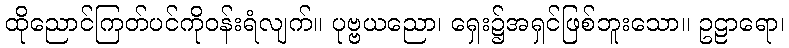
ထိုညောင်ကြတ်ပင်ကိုဝန်းရံလျက်။ ပုဗ္ဗယညော၊ ရှေး၌အရှင်ဖြစ်ဘူးသော။ ဥဠာရော၊